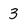
Character: 3